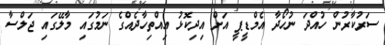
ސަރުކާރުން ހުއްދަ ނުހޯދާ އެމްޑީޕީ އަަށް އިދިކޮޅު އިއްތިހާދެއްގެ ނަމުގައި މާލޭގައި ޖަލްސާ